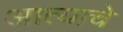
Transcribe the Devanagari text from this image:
आत्याचे